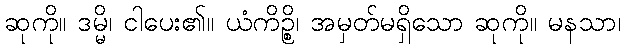
ဆုကို။ ဒမ္မိ၊ ငါပေး၏။ ယံကိဉ္စိ၊ အမှတ်မရှိသော ဆုကို။ မနသာ၊